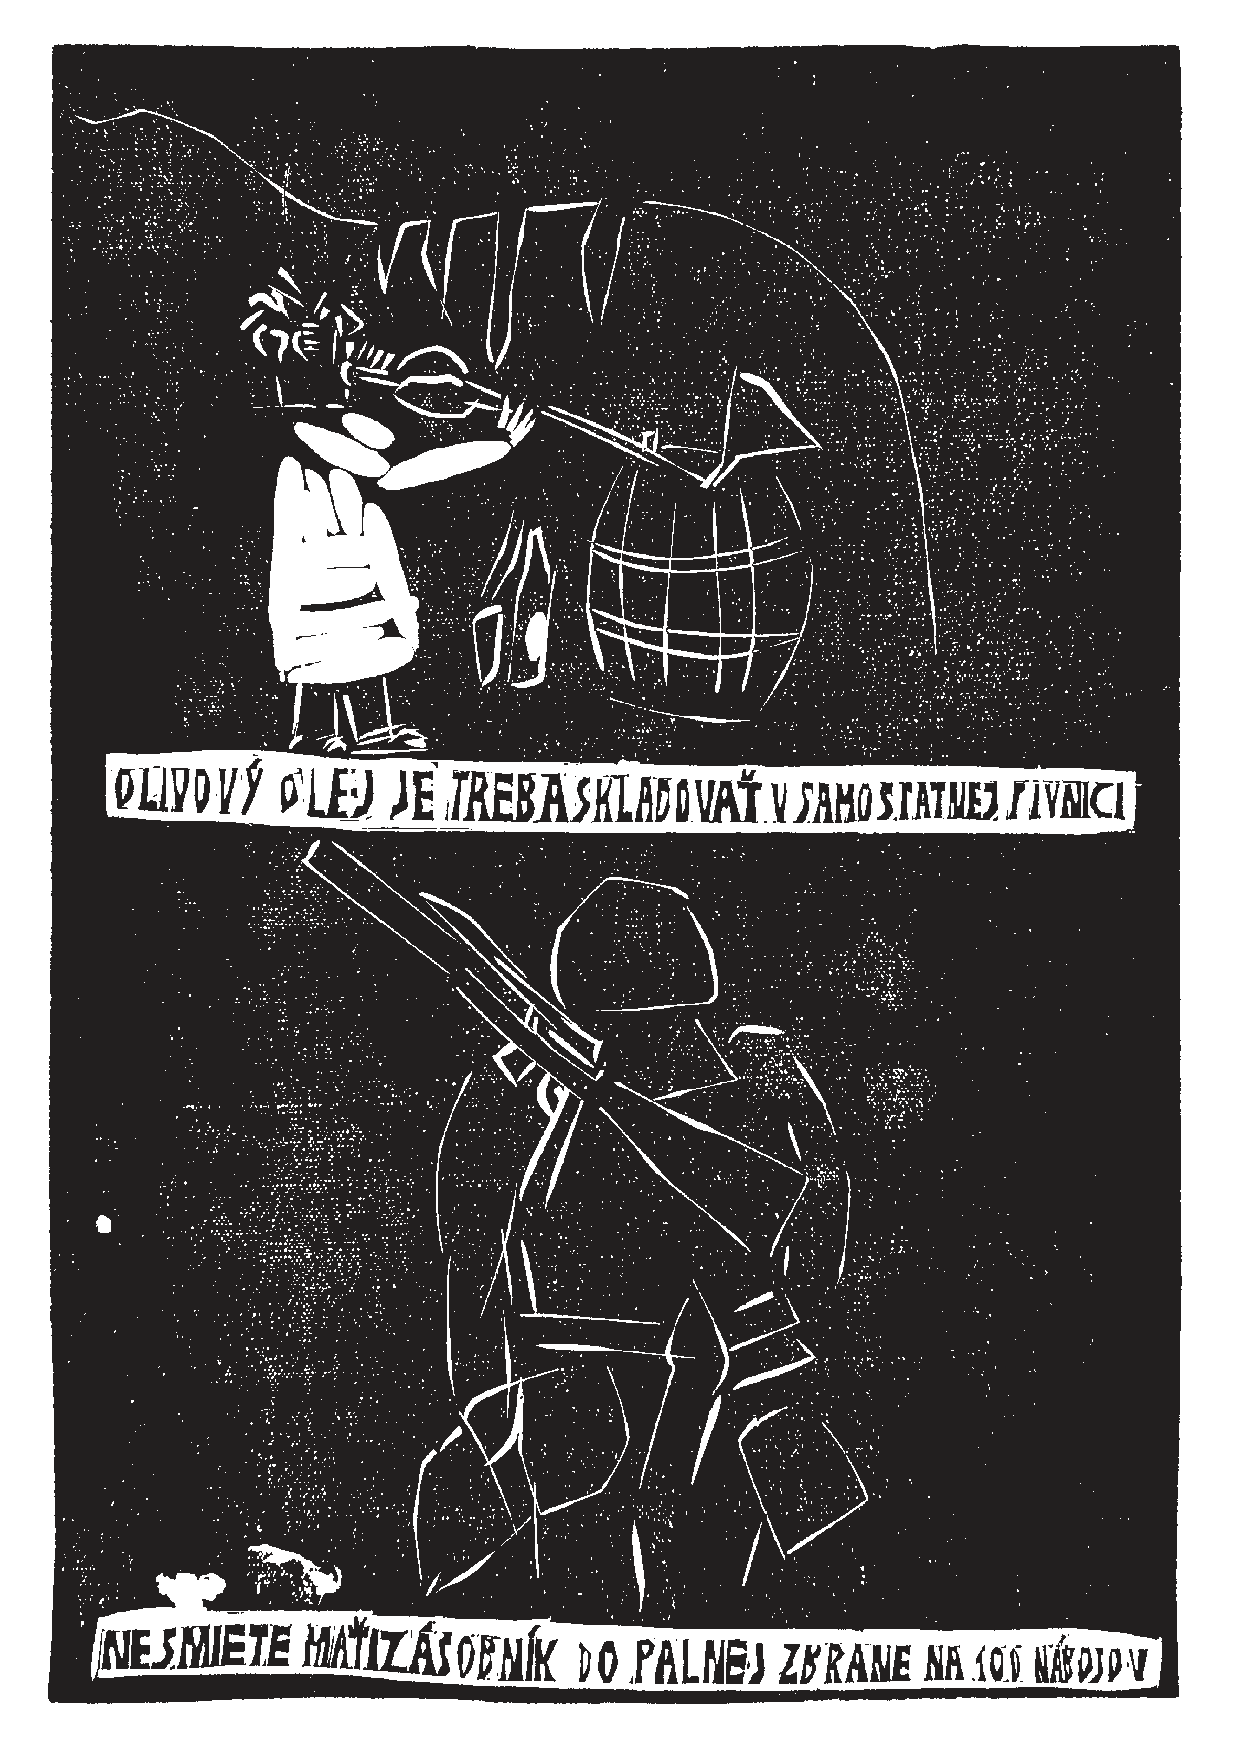
ja_kriza_130827.indd 5                                                 8/27/13 7:50 PM